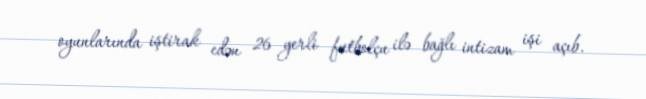
oyunlarında iştirak edən 26 yerli futbolçu ilə bağlı intizam işi açıb.